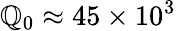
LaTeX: \mathbb{Q}_{0}\approx45\times10^{3}